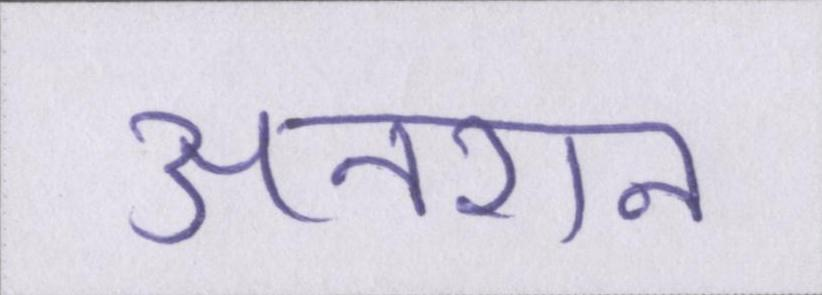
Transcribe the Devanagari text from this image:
अनशन